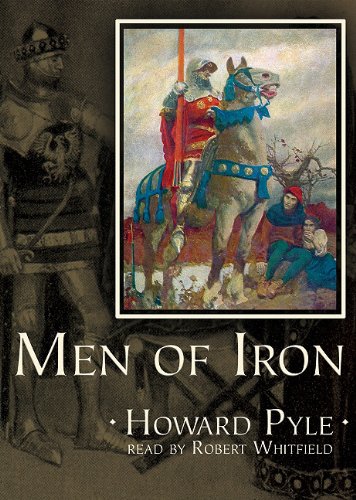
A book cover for Men of Iron: Library Edition; Howard Pyle; Teen & Young Adult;